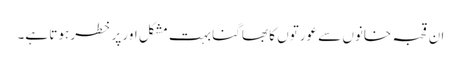
ان قحبہ خانوں سے عورتوں کا بھاگنا بہت مشکل اور پر خطر ہوتا ہے۔